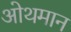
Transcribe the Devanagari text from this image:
ओथमान